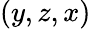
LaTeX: (y,z,x)